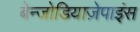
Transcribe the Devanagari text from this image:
बेन्जोडियाज़ेपाइंस